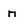
Character: n